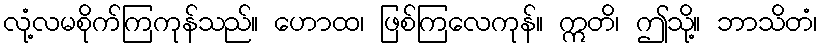
လုံ့လမစိုက်ကြကုန်သည်။ ဟောထ၊ ဖြစ်ကြလေကုန်။ ဣတိ၊ ဤသို့။ ဘာသိတံ၊